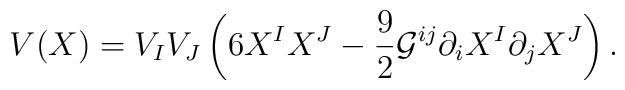
V(X)=V_{I}V_{J}\left( 6X^{I}X^{J}-\frac{9}{2}\mathcal{G}^{ij}\partial_{i}X^{I}\partial _{j}X^{J}\right) .